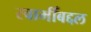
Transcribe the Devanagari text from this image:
स्वामीँबद्दल